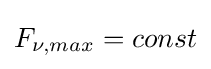
F_{\nu ,max}=const